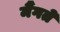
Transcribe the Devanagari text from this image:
मैंगते